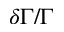
\delta \Gamma / \Gamma